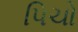
પિચો